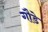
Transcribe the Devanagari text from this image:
गौडे